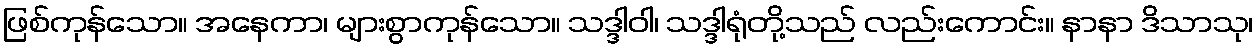
ဖြစ်ကုန်သော။ အနေကာ၊ များစွာကုန်သော။ သဒ္ဒါဝါ၊ သဒ္ဒါရုံတို့သည် လည်းကောင်း။ နာနာ ဒိသာသု၊